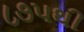
૮૭૫થી